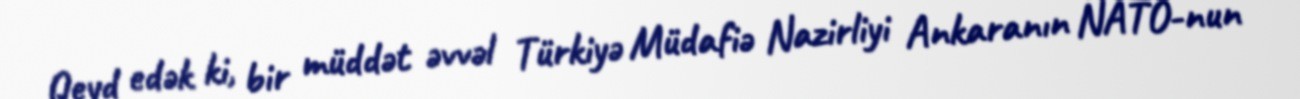
Qeyd edək ki, bir müddət əvvəl Türkiyə Müdafiə Nazirliyi Ankaranın NATO-nun